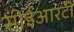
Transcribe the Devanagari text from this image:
सीईआरटी